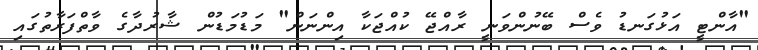
"އާންޓީ އަޅުގަނޑު ވެސް ބޭނުންވަނީ ރާއްޖޭ ކުއްޖަކާ އިންނަން" މަޑުމަޑުން ޝާރުދާގެ ވާތްފަރާތުގައި